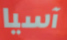
آسيا